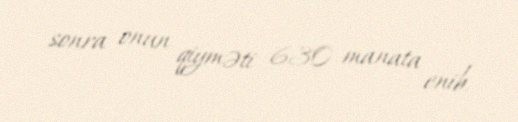
sonra onun qiyməti 630 manata enib.